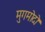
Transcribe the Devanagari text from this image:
मुगमोदो